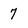
Character: 7